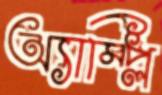
অ্যাম্প্লি